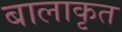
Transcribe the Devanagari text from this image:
बालाकृत